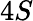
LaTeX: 4S